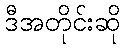
ဒီအတိုင်းဆို